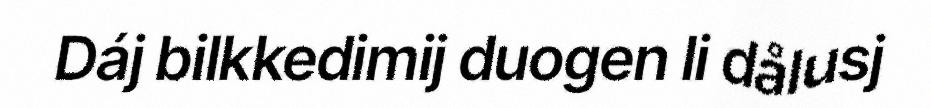
Dáj bilkkedimij duogen li dålusj